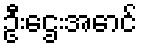
ဦးဌေးအောင်